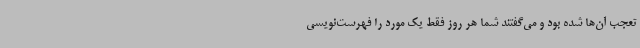
تعجب آن‌ها شده بود و می‌گفتند شما هر روز فقط یک مورد را فهرست‌نویسی